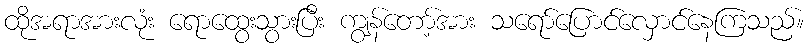
ထိုအရာအားလုံး ရောထွေးသွားပြီး ကျွန်တော့်အား သရော်ပြောင်လှောင်နေကြသည်။